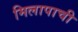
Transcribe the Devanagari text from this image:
मिलापाची